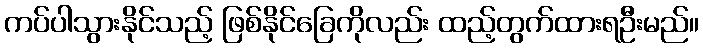
ကပ်ပါသွားနိုင်သည့် ဖြစ်နိုင်ခြေကိုလည်း ထည့်တွက်ထားရဦးမည်။